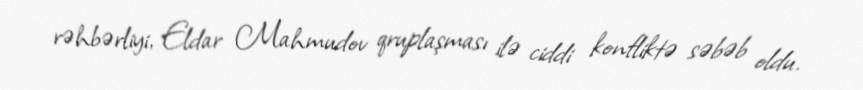
rəhbərliyi, Eldar Mahmudov qruplaşması ilə ciddi konfliktə səbəb oldu.